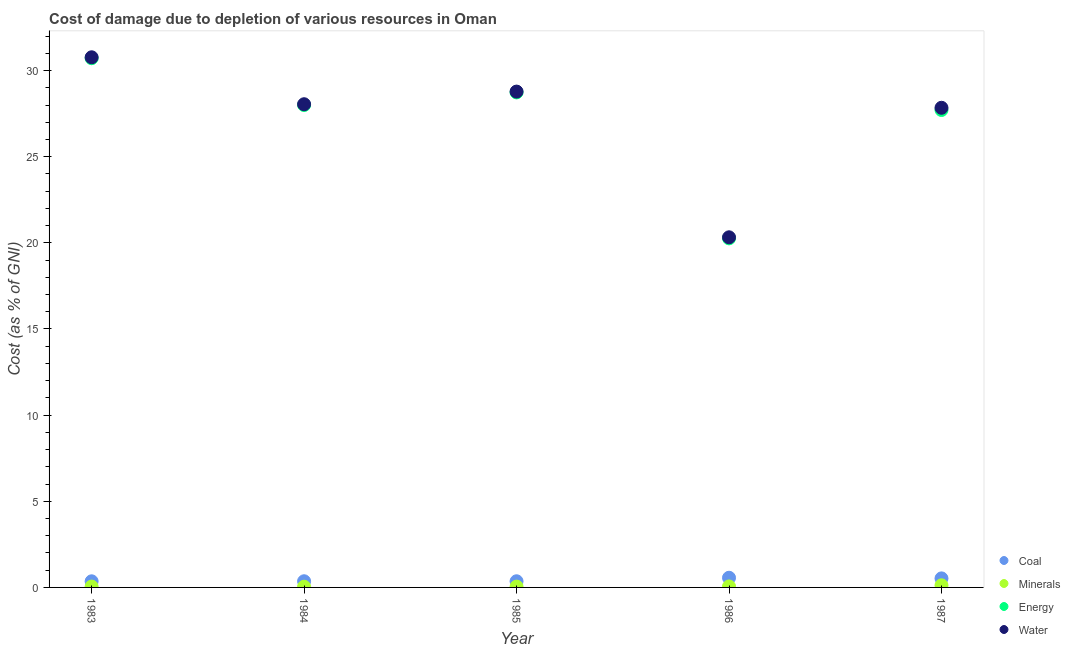
| Year | Coal | Minerals | Energy | Water |
 | --- | --- | --- | --- | --- |
 | 1983 | 0.355 | 0.0486 | 30.7 | 30.8 |
 | 1984 | 0.358 | 0.0423 | 28 | 28 |
 | 1985 | 0.358 | 0.046 | 28.7 | 28.8 |
 | 1986 | 0.562 | 0.0572 | 20.3 | 20.3 |
 | 1987 | 0.524 | 0.123 | 27.7 | 27.8 |